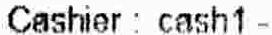
CASHIER : CASH1 -